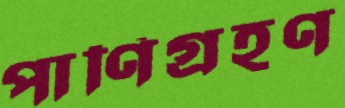
পাণিগ্রহণ